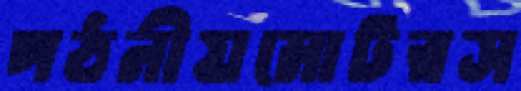
পঠনীযমোটরস